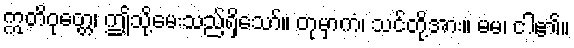
ဣတိဝုတ္တေ၊ ဤသို့မေးသည်ရှိသော်။ တုမှာကံ၊ သင်တို့အား။ မမ၊ ငါ၏။